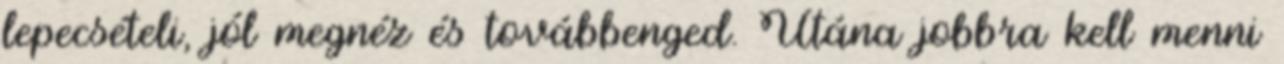
lepecsételi, jól megnéz és továbbenged. Utána jobbra kell menni